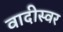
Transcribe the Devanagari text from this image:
वादीस्वर